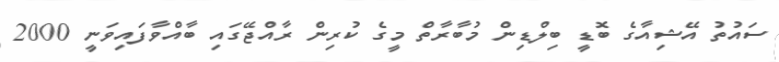
ސައުތު އޭޝިއާގެ ބޮޑީ ބިލްޑިން މުބާރާތް މީގެ ކުރިން ރާއްޖޭގައި ބާއްވާފައިވަނީ 2000